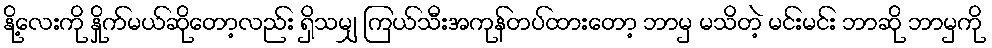
နို့လေးကို နှိုက်မယ်ဆိုတော့လည်း ရှိသမျှ ကြယ်သီးအကုန်တပ်ထားတော့ ဘာမှ မသိတဲ့ မင်းမင်း ဘာဆို ဘာမှကို